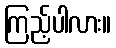
ကြည့်ပါလား။